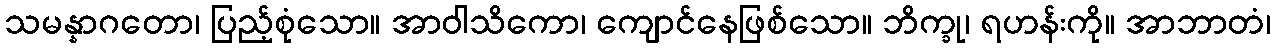
သမန္နာဂတော၊ ပြည့်စုံသော။ အာဝါသိကော၊ ကျောင်နေဖြစ်သော။ ဘိက္ခု၊ ရဟန်းကို။ အာဘာတံ၊